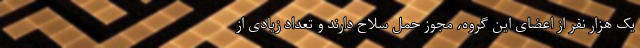
یک هزار نفر از اعضای این گروه، مجوز حمل سلاح دارند و تعداد زیادی از